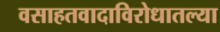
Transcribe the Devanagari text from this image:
वसाहतवादाविरोधातल्या